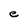
Character: e